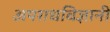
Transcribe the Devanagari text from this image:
अपराधविज्ञानी